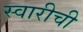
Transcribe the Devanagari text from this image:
स्वारीची